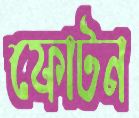
ফোটন